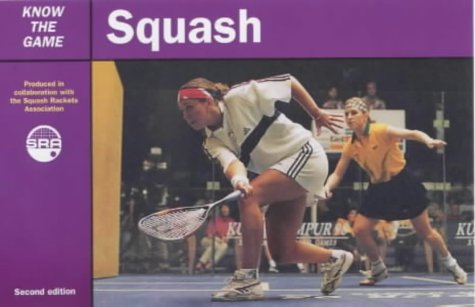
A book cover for Squash (Know the Game); Squash Rackets Association; Sports & Outdoors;